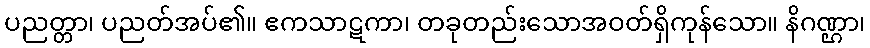
ပညတ္တာ၊ ပညတ်အပ်၏။ ဧကသာဋကာ၊ တခုတည်းသောအဝတ်ရှိကုန်သော။ နိဂဏ္ဌာ၊